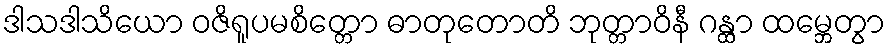
ဒါသဒါသိယော ဝဇိရူပမစိတ္တော ဓာတုတောတိ ဘုတ္တာဝိနီ ဂန္ထာ ထမ္ဘေတွာ